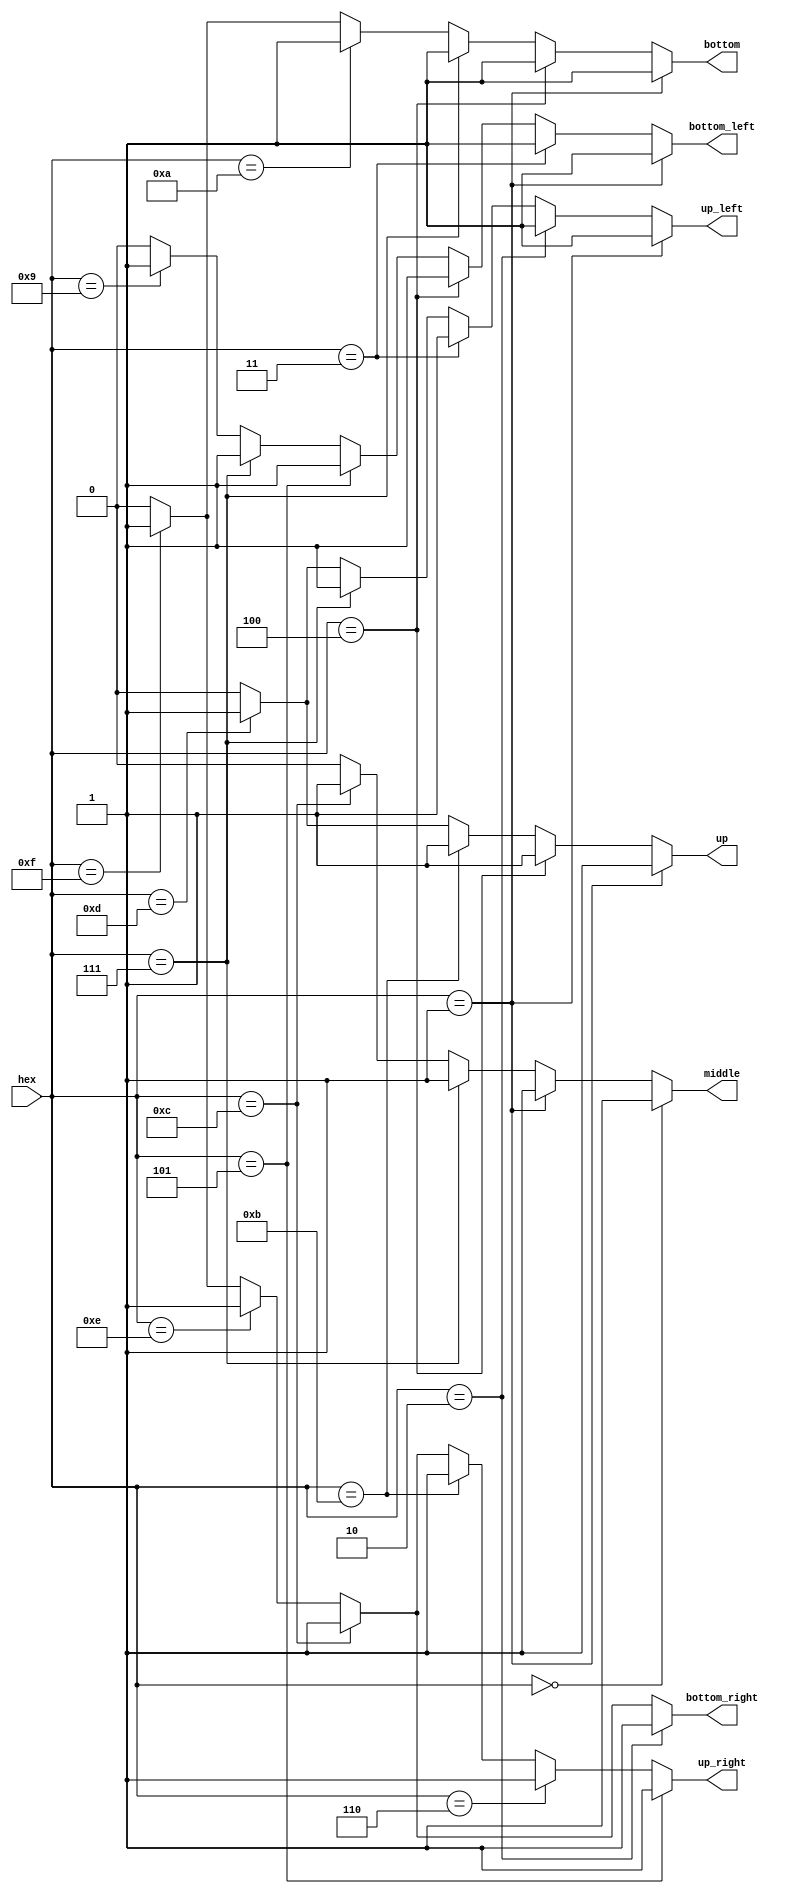
module module_hex_to_7seg (
	input wire [3:0] hex,

	output wire up,
	output wire middle,
	output wire bottom,
	output wire bottom_left,
	output wire bottom_right,
	output wire up_left,
	output wire up_right
);

	assign             up = (hex == 4'h1) ? 1'b1 :
		(hex == 4'h4) ? 1'b1 :
		(hex == 4'hb) ? 1'b1 :
		(hex == 4'hd) ? 1'b1 : 1'b0;

	assign         middle = (hex == 4'h0) ? 1'b1 :
		(hex == 4'h1) ? 1'b1 :
		(hex == 4'h7) ? 1'b1 :
		(hex == 4'hc) ? 1'b1 : 1'b0;

	assign         bottom = (hex == 4'h1) ? 1'b1 :
		(hex == 4'h4) ? 1'b1 :
		(hex == 4'h7) ? 1'b1 :
		(hex == 4'ha) ? 1'b1 :
		(hex == 4'hf) ? 1'b1 : 1'b0;

	assign    bottom_left = (hex == 4'h1) ? 1'b1 :
		(hex == 4'h3) ? 1'b1 :
		(hex == 4'h4) ? 1'b1 :
		(hex == 4'h5) ? 1'b1 :
		(hex == 4'h7) ? 1'b1 :
		(hex == 4'h9) ? 1'b1 : 1'b0;

	assign   bottom_right = (hex == 4'h2) ? 1'b1 :
		(hex == 4'hc) ? 1'b1 :
		(hex == 4'he) ? 1'b1 :
		(hex == 4'hf) ? 1'b1 : 1'b0;

	assign        up_left = (hex == 4'h1) ? 1'b1 :
		(hex == 4'h2) ? 1'b1 :
		(hex == 4'h3) ? 1'b1 :
		(hex == 4'h7) ? 1'b1 :
		(hex == 4'hd) ? 1'b1 : 1'b0;

	assign       up_right = (hex == 4'h5) ? 1'b1 :
		(hex == 4'h6) ? 1'b1 :
		(hex == 4'hb) ? 1'b1 :
		(hex == 4'hc) ? 1'b1 :
		(hex == 4'he) ? 1'b1 :
		(hex == 4'hf) ? 1'b1 : 1'b0;

	endmodule

module sum (
	input wire btn_reset,
	input wire clk,
	input wire btn_sum,
	input wire [7:0] sw_load_a_raw,
	input wire [7:0] sw_load_b_raw,

	output wire [7:0] leds_red_a,
	output wire [7:0] leds_red_b,
	output wire [7:0] leds_green_sum,
	output reg led_overflow,

	output wire a_low_seg7_up,
	output wire a_low_seg7_middle,
	output wire a_low_seg7_bottom,
	output wire a_low_seg7_bottom_left,
	output wire a_low_seg7_bottom_right,
	output wire a_low_seg7_up_left,
	output wire a_low_seg7_up_right,
	output wire a_high_seg7_up,
	output wire a_high_seg7_middle,
	output wire a_high_seg7_bottom,
	output wire a_high_seg7_bottom_left,
	output wire a_high_seg7_bottom_right,
	output wire a_high_seg7_up_left,
	output wire a_high_seg7_up_right,

	output wire b_low_seg7_up,
	output wire b_low_seg7_middle,
	output wire b_low_seg7_bottom,
	output wire b_low_seg7_bottom_left,
	output wire b_low_seg7_bottom_right,
	output wire b_low_seg7_up_left,
	output wire b_low_seg7_up_right,
	output wire b_high_seg7_up,
	output wire b_high_seg7_middle,
	output wire b_high_seg7_bottom,
	output wire b_high_seg7_bottom_left,
	output wire b_high_seg7_bottom_right,
	output wire b_high_seg7_up_left,
	output wire b_high_seg7_up_right,

	output wire sum_low_seg7_up,
	output wire sum_low_seg7_middle,
	output wire sum_low_seg7_bottom,
	output wire sum_low_seg7_bottom_left,
	output wire sum_low_seg7_bottom_right,
	output wire sum_low_seg7_up_left,
	output wire sum_low_seg7_up_right,
	output wire sum_high_seg7_up,
	output wire sum_high_seg7_middle,
	output wire sum_high_seg7_bottom,
	output wire sum_high_seg7_bottom_left,
	output wire sum_high_seg7_bottom_right,
	output wire sum_high_seg7_up_left,
	output wire sum_high_seg7_up_right
	);

	reg push_sum;
	reg [7:0] sw_load_a;
	reg [7:0] sw_load_b;
	reg [7:0] bus_sum_out;
	reg [7:0] bus_sum_through;
	reg bus_overflow;

	assign leds_red_a = sw_load_a;
	assign leds_red_b = sw_load_b;
	assign leds_green_sum = bus_sum_out;
	 
	reg btn_sum_r;
	reg btn_sum_rr;

	always @(posedge clk) begin
		btn_sum_r <= btn_sum;
		btn_sum_rr <= btn_sum_r;
		push_sum <= btn_sum_rr & ~btn_sum_r;
		
		sw_load_a <= sw_load_a_raw;
		sw_load_b <= sw_load_b_raw;
		
	end
	
	always @(posedge clk) begin
		if (!btn_reset) begin
			bus_sum_out <= { 8'b0 };
			led_overflow <= { 1'b0 };
		end else if (push_sum) begin
			bus_sum_out <= bus_sum_through;
			led_overflow <= bus_overflow;
		end
	end
	 
	reg [8:0] temp_sum;
	
	always @(posedge clk) begin
		temp_sum = sw_load_a + sw_load_b;
		bus_overflow = temp_sum[8];
		bus_sum_through = temp_sum[7:0];
	end

	module_hex_to_7seg
	m_hex_to_7seg_a_low (
		.hex (sw_load_a[3:0]),

		.up (a_low_seg7_up),
		.middle (a_low_seg7_middle),
		.bottom (a_low_seg7_bottom),
		.bottom_left (a_low_seg7_bottom_left),
		.bottom_right (a_low_seg7_bottom_right),
		.up_left (a_low_seg7_up_left),
		.up_right (a_low_seg7_up_right)
	);

	module_hex_to_7seg
	m_hex_to_7seg_a_high (
		.hex (sw_load_a[7:4]),

		.up (a_high_seg7_up),
		.middle (a_high_seg7_middle),
		.bottom (a_high_seg7_bottom),
		.bottom_left (a_high_seg7_bottom_left),
		.bottom_right (a_high_seg7_bottom_right),
		.up_left (a_high_seg7_up_left),
		.up_right (a_high_seg7_up_right)
	);
	 
	module_hex_to_7seg
	m_hex_to_7seg_b_low (
		.hex (sw_load_b[3:0]),

		.up (b_low_seg7_up),
		.middle (b_low_seg7_middle),
		.bottom (b_low_seg7_bottom),
		.bottom_left (b_low_seg7_bottom_left),
		.bottom_right (b_low_seg7_bottom_right),
		.up_left (b_low_seg7_up_left),
		.up_right (b_low_seg7_up_right)
	);
	 
	module_hex_to_7seg
	m_hex_to_7seg_b_high (
		.hex (sw_load_b[7:4]),

		.up (b_high_seg7_up),
		.middle (b_high_seg7_middle),
		.bottom (b_high_seg7_bottom),
		.bottom_left (b_high_seg7_bottom_left),
		.bottom_right (b_high_seg7_bottom_right),
		.up_left (b_high_seg7_up_left),
		.up_right (b_high_seg7_up_right)
	);
	 
	module_hex_to_7seg
	m_hex_to_7seg_sum_low (
		.hex (bus_sum_out[3:0]),

		.up (sum_low_seg7_up),
		.middle (sum_low_seg7_middle),
		.bottom (sum_low_seg7_bottom),
		.bottom_left (sum_low_seg7_bottom_left),
		.bottom_right (sum_low_seg7_bottom_right),
		.up_left (sum_low_seg7_up_left),
		.up_right (sum_low_seg7_up_right)
	);
	 
	module_hex_to_7seg
	m_hex_to_7seg_sum_high (
		.hex (bus_sum_out[7:4]),

		.up (sum_high_seg7_up),
		.middle (sum_high_seg7_middle),
		.bottom (sum_high_seg7_bottom),
		.bottom_left (sum_high_seg7_bottom_left),
		.bottom_right (sum_high_seg7_bottom_right),
		.up_left (sum_high_seg7_up_left),
		.up_right (sum_high_seg7_up_right)
	);
	 
endmodule